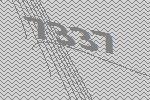
7337